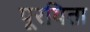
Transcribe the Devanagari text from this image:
पूरयिता